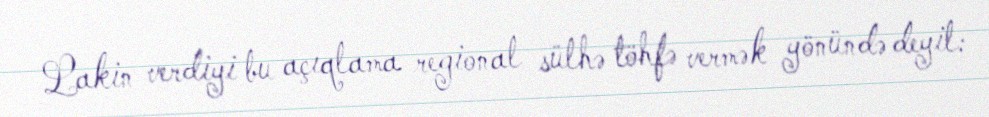
Lakin verdiyi bu açıqlama regional sülhə töhfə vermək yönündə deyil: